Vaccination in Bombay 1869-1873 - 1869-1873
Year: 1869
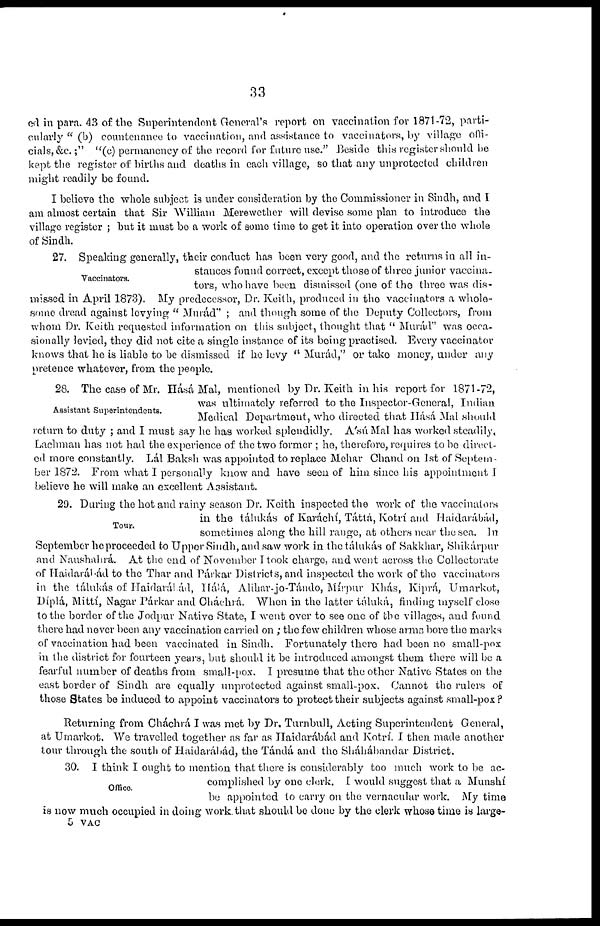
33
ed in para. 43 of the Superintendent General's report on vaccination for 1871-72, parti-
cularly " (b) countenance to vaccination, and assistance to vaccinators, by village offi-
cials, &c.;" "(c) permanency of the record for future use." Beside this register should be
kept the register of births and deaths in each village, so that any unprotected children
might readily be found.
I believe the whole subject is under consideration by the Commissioner in Sindh, and I
am almost certain that Sir William Merewether will devise some plan to introduce the
village register ; but it must be a work of some time to get it into operation over the whole
of Sindh.
Vaccinators.
27. Speaking generally, their conduct has been very good, and the returns in all in-
stances found correct, except those of three junior vaccina-
tors, who have been dismissed (one of the three was dis-
missed in April 1873). My predecessor, Dr. Keith, produced in the vaccinators a whole-
some dread against levying " Murád" ; and though some of the Deputy Collectors, from
whom Dr. Keith requested information on this subject, thought that " Murád" was occa-
sionally levied, they did not cite a single instance of its being practised. Every vaccinator
knows that he is liable to be dismissed if he levy " Murád," or take money, under any
pretence whatever, from the people.
Assistant Superintendents.
28. The case of Mr. Hásá Mal, mentioned by Dr. Keith in his report for 1871-72,
was ultimately referred to the Inspector-General, Indian
Medical Department, who directed that Hásá Mal should
return to duty ; and I must say he has worked splendidly. A'sú Mal has worked steadily,
Lachman has not had the experience of the two former ; he, therefore, requires to be direct-
ed more constantly. Lál Baksh was appointed to replace Mehar Chand on 1st of Septem-
ber 1872. From what I personally know and have seen of him since his appointment I
believe he will make an excellent Assistant.
Tour.
29. During the hot and rainy season Dr. Keith inspected the work of the vaccinators
in the tálukás of Karáchí, Táttá, Kotrí and Haidarábád,
sometimes along the hill range, at others near the sea. In
September he proceeded to Upper Sindh, and saw work in the tálukás of Sakkhar, Shikárpur
and Naushahrá. At the end of November I took charge, and went across the Collectorate
of Haidaráhád to the Thar and Párkar Districts, and inspected the work of the vaccinators
in the tálukás of Haidarábád, Hálá, Alihar-jo-Tándo, Mírpur Khás, Kiprá, Umarkot,
Díplá, Mittí, Nagar Párkar and Cháchrá. When in the latter táluká, finding myself close
to the border of the Jodpur Native State, I went over to see one of the villages, and found
there had never been any vaccination carried on ; the few children whose arms bore the marks
of vaccination had been vaccinated in Sindh. Fortunately there had been no small-pox
in the district for fourteen years, but should it be introduced amongst them there will be a
fearful number of deaths from small-pox. I presume that the other Native States on the
east border of Sindh are equally unprotected against small-pox. Cannot the rulers of
those States be induced to appoint vaccinators to protect their subjects against small-pox?
Returning from Cháchrá I was met by Dr, Turnbull, Acting Superintendent General,
at Umarkot. We travelled together as far as Haidarábád and Kotrí. I then made another
tour through the south of Haidarábád, the Tándá and the Sháhábandar District.
Office.
30. I think I ought to mention that there is considerably too much work to be ac-
complished by one clerk. I would suggest that a Munshí
be appointed to carry on the vernacular work. My time
is now much occupied in doing work, that should be done by the clerk whose time is large-
5 VAC